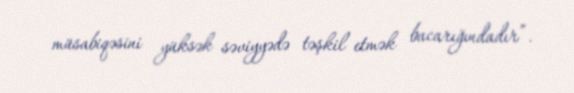
müsabiqəsini yüksək səviyyədə təşkil etmək bacarığındadır”.